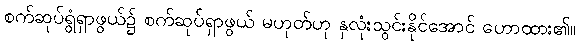
စက်ဆုပ်ရွံရှာဖွယ်၌ စက်ဆုပ်ရှာဖွယ် မဟုတ်ဟု နှလုံးသွင်းနိုင်အောင် ဟောထား၏။